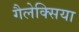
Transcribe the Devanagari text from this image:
गैलेक्सिया